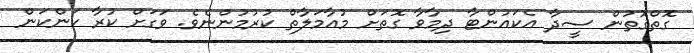
ގޮތްގޮތުން ސީދާ އެކައުންޓާ ދިމާވާ ގޮތަށް މުއާމަލާތް ކުރުމުންނެވެ. ވަގަށް ކުރާ ކަންކަން